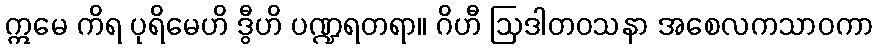
ဣမေ ကိရ ပုရိမေဟိ ဒွီဟိ ပဏ္ဍရတရာ။ ဂိဟီ ဩဒါတဝသနာ အစေလကသာဝကာ